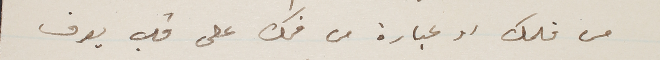
من قلمك او عبارة من فمك على قلب يعرف